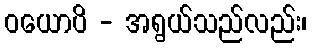
ဝယောပိ - အရွယ်သည်လည်း၊